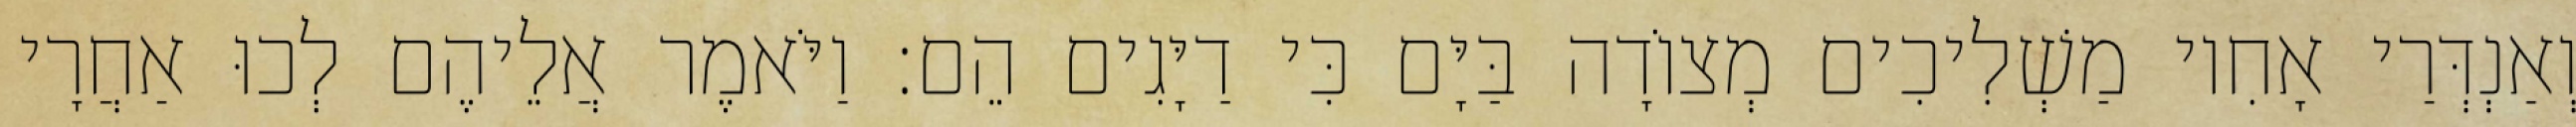
וְאַנְדְּרַי אָחִיו מַשְׁלִיכִים מְצוֹדָה בַּיָּם כִּי דַיָּגִים הֵם׃ וַיֹּאמֶר אֲלֵיהֶם לְכוּ אַחֲרָי